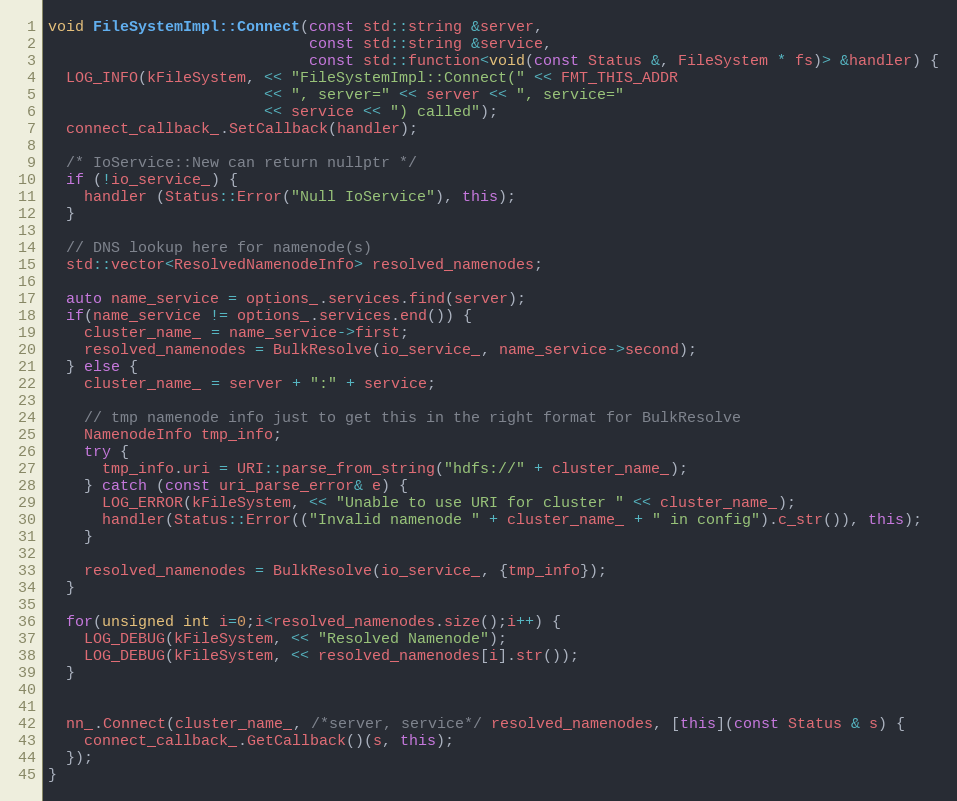
Language: C++
void FileSystemImpl::Connect(const std::string &server,
                             const std::string &service,
                             const std::function<void(const Status &, FileSystem * fs)> &handler) {
  LOG_INFO(kFileSystem, << "FileSystemImpl::Connect(" << FMT_THIS_ADDR
                        << ", server=" << server << ", service="
                        << service << ") called");
  connect_callback_.SetCallback(handler);

  /* IoService::New can return nullptr */
  if (!io_service_) {
    handler (Status::Error("Null IoService"), this);
  }

  // DNS lookup here for namenode(s)
  std::vector<ResolvedNamenodeInfo> resolved_namenodes;

  auto name_service = options_.services.find(server);
  if(name_service != options_.services.end()) {
    cluster_name_ = name_service->first;
    resolved_namenodes = BulkResolve(io_service_, name_service->second);
  } else {
    cluster_name_ = server + ":" + service;

    // tmp namenode info just to get this in the right format for BulkResolve
    NamenodeInfo tmp_info;
    try {
      tmp_info.uri = URI::parse_from_string("hdfs://" + cluster_name_);
    } catch (const uri_parse_error& e) {
      LOG_ERROR(kFileSystem, << "Unable to use URI for cluster " << cluster_name_);
      handler(Status::Error(("Invalid namenode " + cluster_name_ + " in config").c_str()), this);
    }

    resolved_namenodes = BulkResolve(io_service_, {tmp_info});
  }

  for(unsigned int i=0;i<resolved_namenodes.size();i++) {
    LOG_DEBUG(kFileSystem, << "Resolved Namenode");
    LOG_DEBUG(kFileSystem, << resolved_namenodes[i].str());
  }

  nn_.Connect(cluster_name_, /*server, service*/ resolved_namenodes, [this](const Status & s) {
    connect_callback_.GetCallback()(s, this);
  });
}